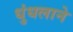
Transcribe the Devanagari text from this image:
धुंधलाने